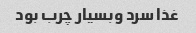
غذا سرد وبسیار چرب بود